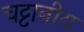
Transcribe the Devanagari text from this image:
चट्टानीय